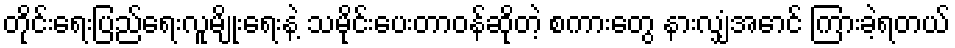
တိုင်းရေးပြည်ရေးလူမျိုးရေးနဲ့ သမိုင်းပေးတာဝန်ဆိုတဲ့ စကားတွေ နားလျှံအောင် ကြားခဲ့ရတယ်